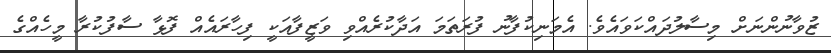
ޒުވާނުންނަށް މިސާލުދައްކަވައެވެ. އެމަނިކުފާނު ފުރަތަމަ އަދާކުރެއްވި ވަޒީފާއަކީ ފިހާރައެއް ފޮޅާ ސާފުކުރާ މީހެއްގެ